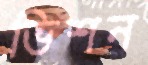
ভিশন